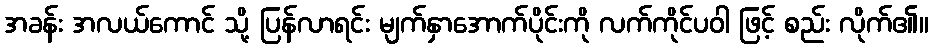
အခန်း အလယ်ကောင် သို့ ပြန်လာရင်း မျက်နှာအောက်ပိုင်းကို လက်ကိုင်ပဝါ ဖြင့် စည်း လိုက်၏။